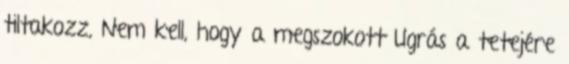
tiltakozz, Nem kell, hogy a megszokott Ugrás a tetejére